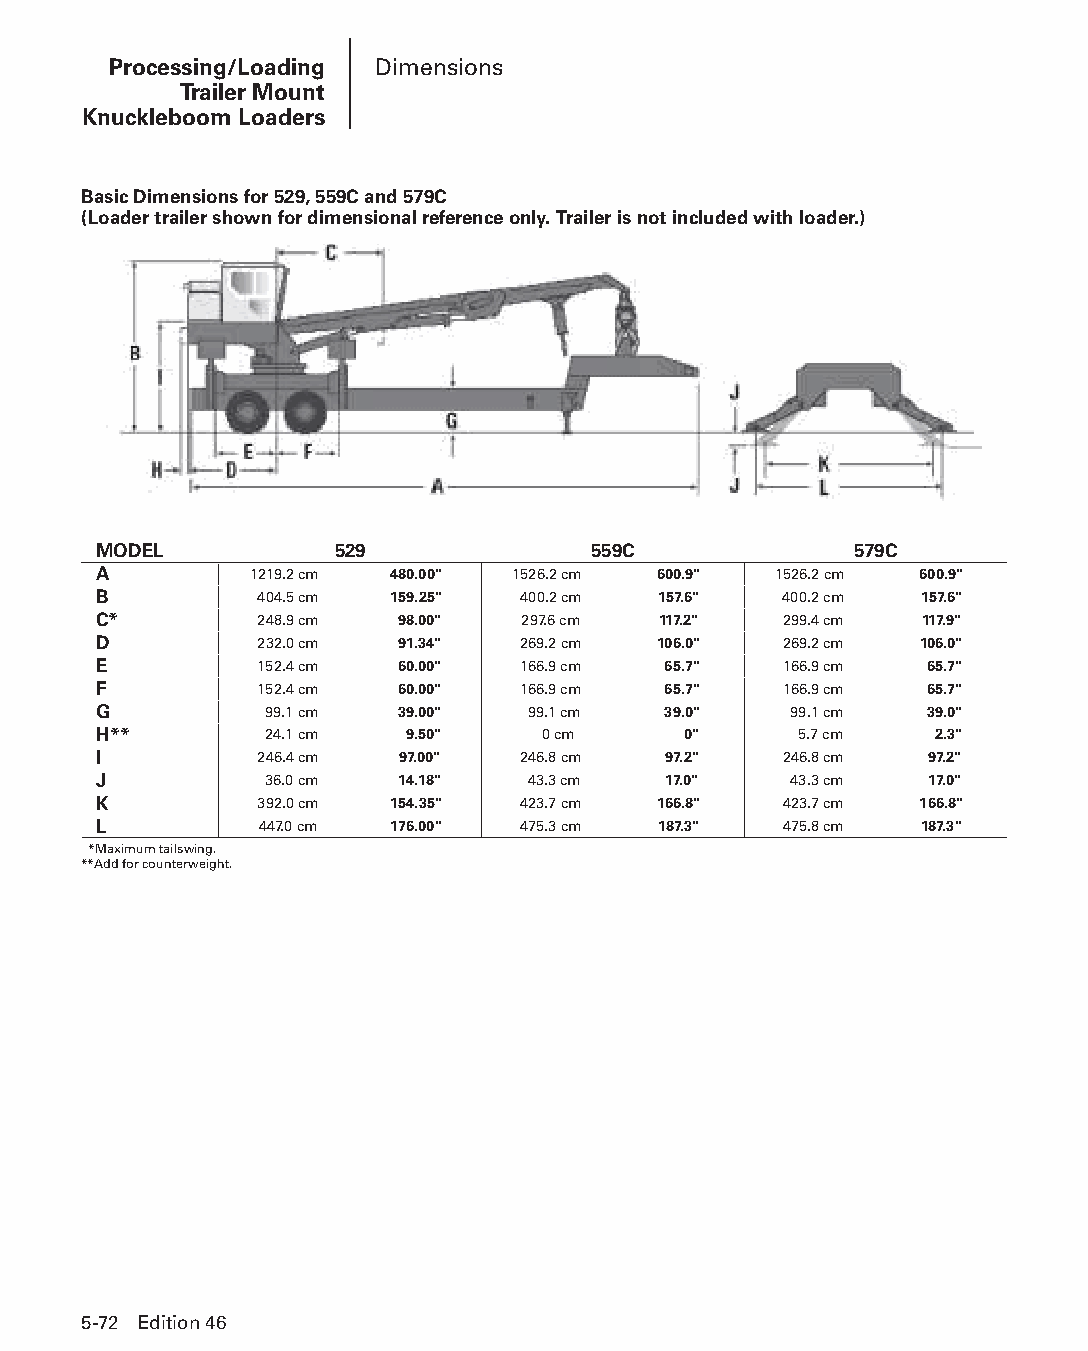
Processing/Loading Dimensions
 Trailer Mount
 Knuckleboom Loaders
 Basic Dimensions for 529, 559C and 579C
 (Loader trailer shown for dimensional reference only. Trailer is not included with loader.)
 MODEL           529             559C              579C
 A         1219.2 cm 480.00" 1526.2 cm 600.9" 1526.2 cm 600.9"
 B         404.5 cm 159.25"  400.2 cm 157.6"  400.2 cm 157.6"
 C*        248.9 cm  98.00"  297.6 cm 117.2"  299.4 cm 117.9"
 D         232.0 cm  91.34"  269.2 cm 106.0"  269.2 cm 106.0"
 E         152.4 cm  60.00"  166.9 cm 65.7"   166.9 cm  65.7"
 F         152.4 cm  60.00"  166.9 cm 65.7"   166.9 cm  65.7"
 G          99.1 cm  39.00"  99.1 cm  39.0"    99.1 cm  39.0"
 H**        24.1 cm  9.50"    0 cm      0"     5.7 cm   2.3"
 I         246.4 cm  97.00"  246.8 cm 97.2"   246.8 cm  97.2"
 J          36.0 cm  14.18"  43.3 cm  17.0"    43.3 cm  17.0"
 K         392.0 cm 154.35"  423.7 cm 166.8"  423.7 cm 166.8"
 L          447.0 cm 176.00" 475.3 cm 187.3"  475.8 cm 187.3"
 **Maximum tailswing.
 **Add for counterweight.
 5-72 Edition 46
 PPHHBB--SSeecc0055--1166..iinndddd 7722                        1122//44//1155 22::1188 PPMM